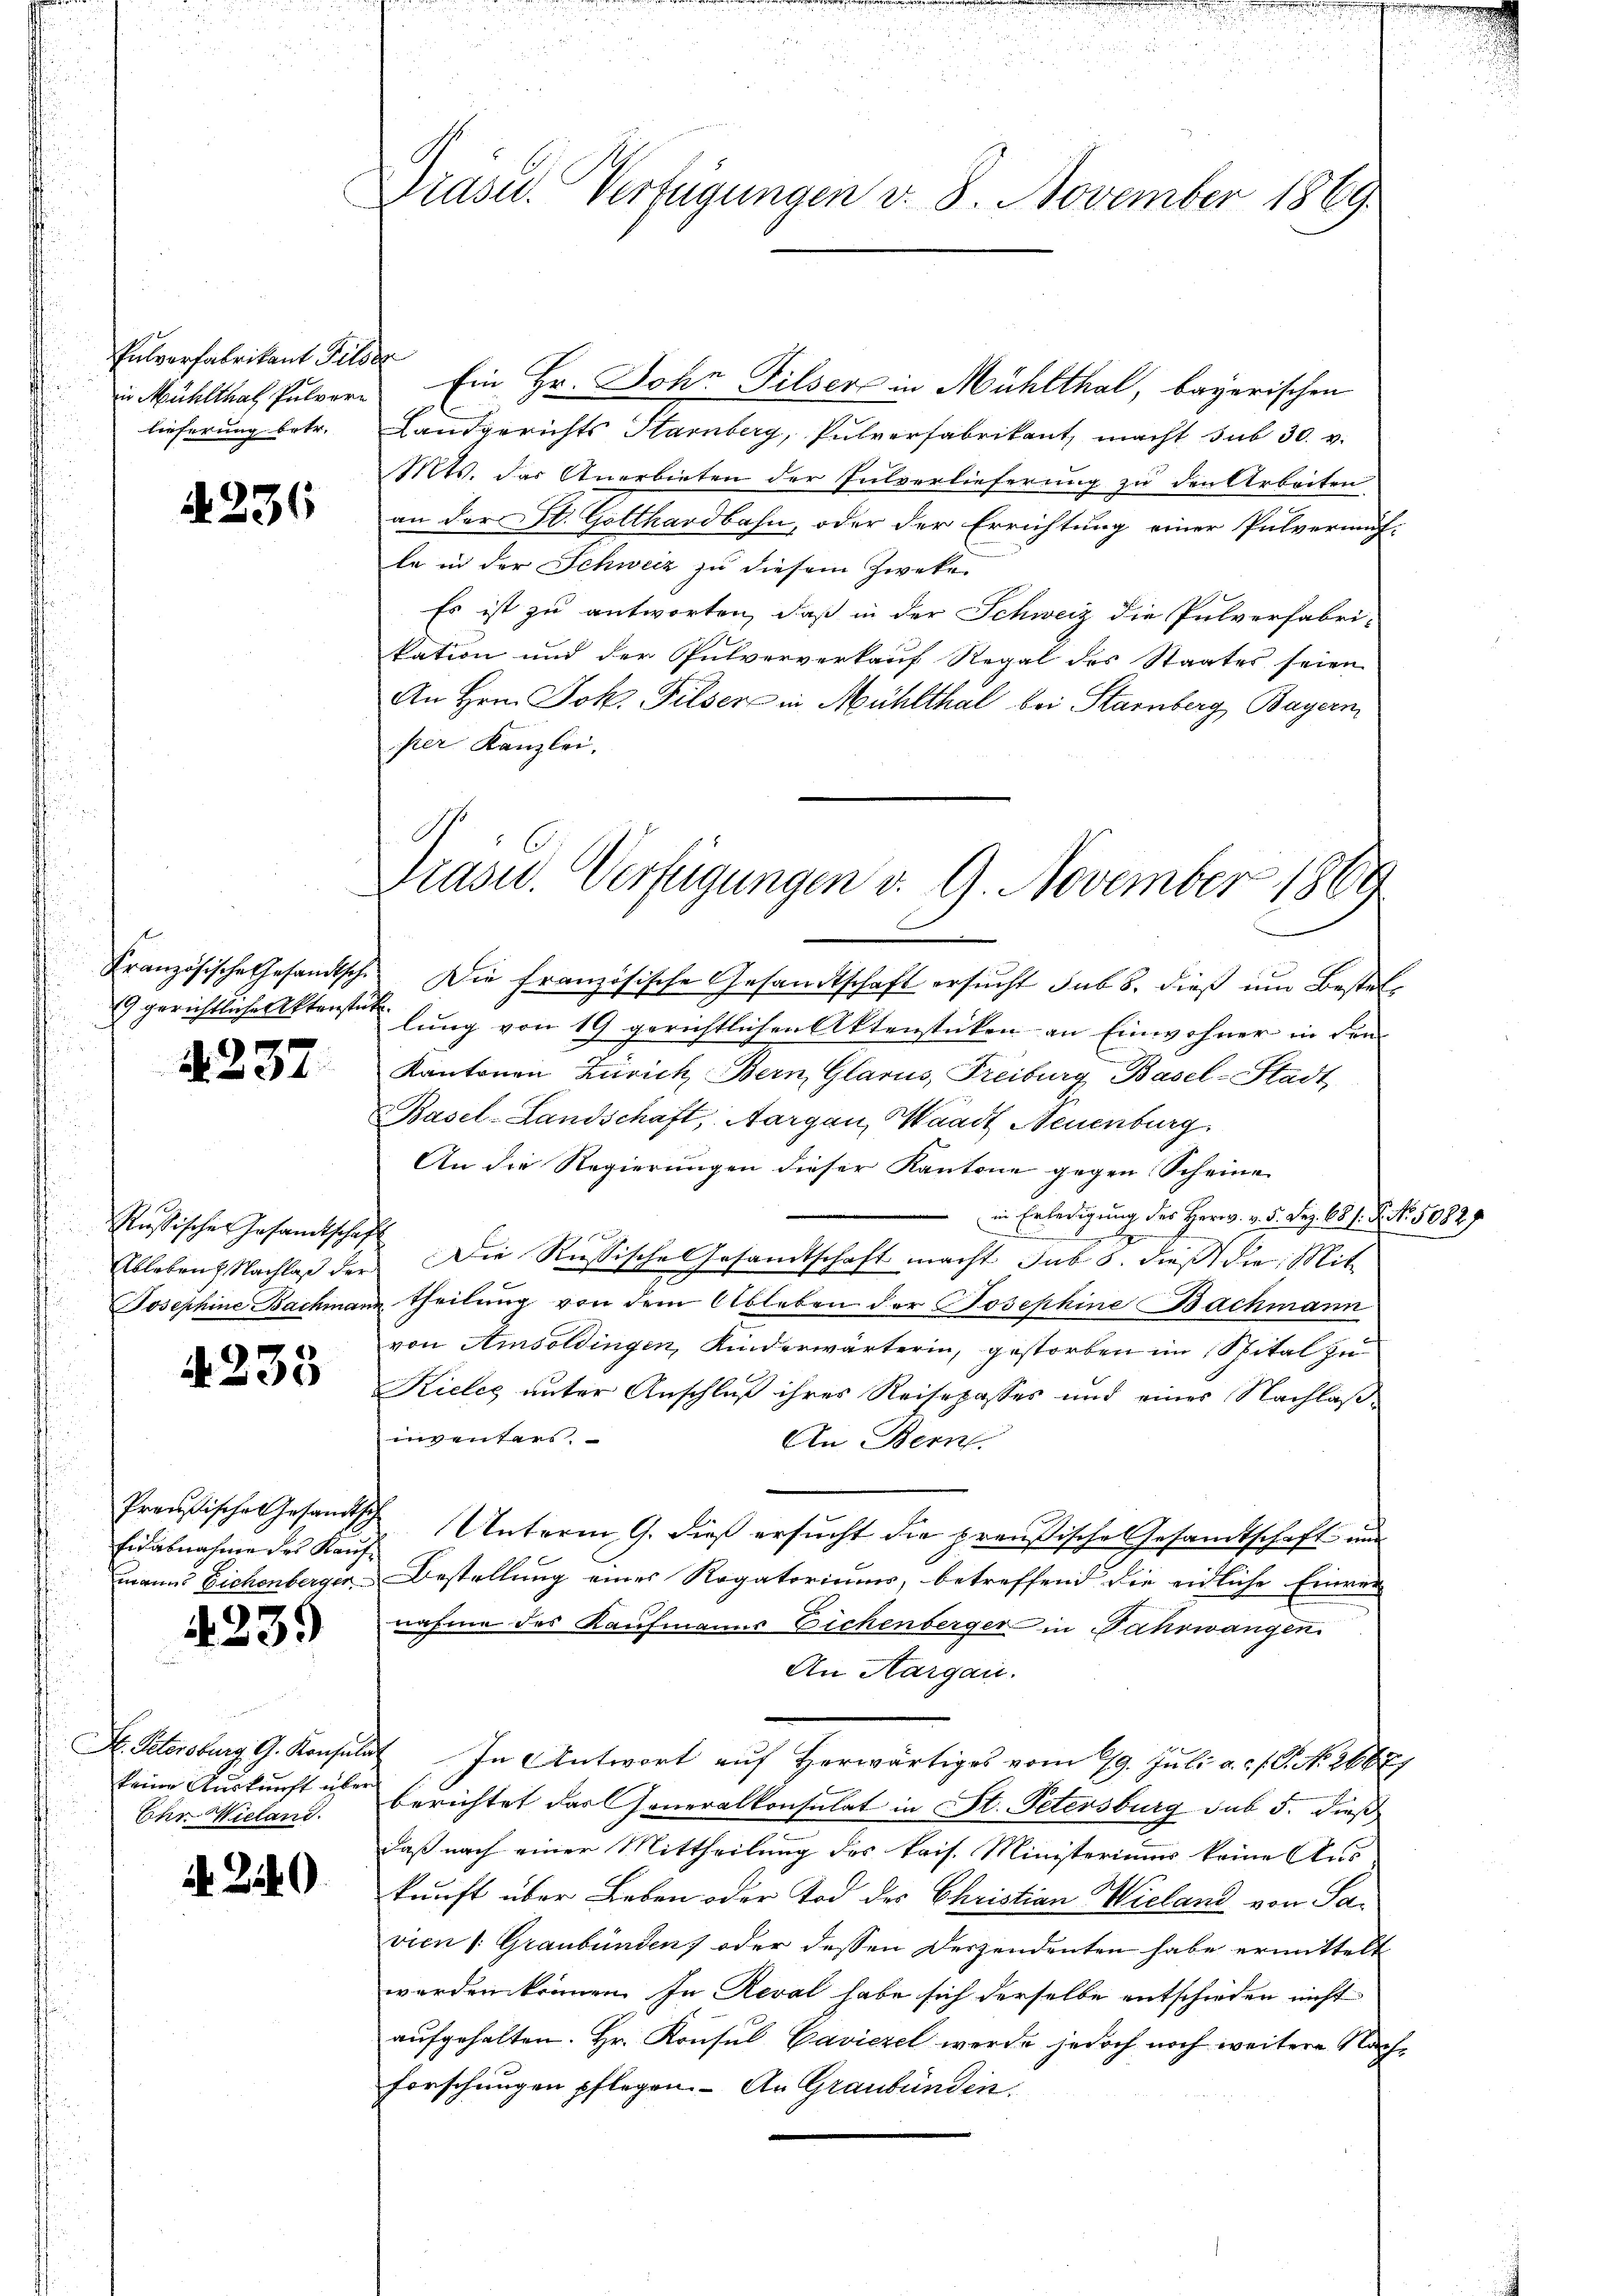
Pulverfabrikant Pils
in Mühlthas Pulvere
lieferung betr.

4236

Französische Gesandtsche
9 gerichtliche Aktenstüt

2237.

Russischer Gesandtschaf
Ableben Nachlaß der
Josephine Bachmann

N 233

Preußisches Gesandtsc
Eidabnahme des Kaufmanns Eichenberger

4239

H. Petersburg G. Konsul
keine Auskunft über
Chr. Wieland.

240

Präsid.. Verfügungen v. 8. November 1869.

e
Ein Hr. John Pilser in Mühlthal, bayerischen
Landgerichts Harnberg, Pulverfabrikant, macht sub 30. v.
Mts. das Anerbieten der Pulverlieferung zu den Arbeiten
an der St. Gotthardbahn, oder der Errichtung einer Pulvermut-
la in der Schweiz zu diesem Zweke
Es ist zu antworten, daß in der Schweiz die Pulverfabri-
kation und der Pulververkauf Regal des Staates seien
An Hrn. Joh. Filsere in Mühlthal bei Starnberg Bayern
ister Kanzlei,
Die französische Gesandtschaft ersucht sub 8. dieß um Bestellung von 19 gerichtlichen Aktenstücken an Einwohner in den
Kantonen Zürich, Bern, Glarus, Freiburg Basel-Stadt
Basel-Landschaft, Aargau, Waadt Neuenburg
An die Regierungen dieser Kantone gegen Scheine
in Erledigung des Herrn. v. 5. Dez. 63 f. 8. No 50827
Die Rußische Gesandtschaft macht sub 5. dieß die Mit-
u Theilung von dem Ableben der Josephine Bachmann
von Amsoldingen, Kinderwärterin, gestorben im Spital zu
Kielig unter Anschluß ihres Reisepasses und eines Nachlaßinventars.
An Bern.
Unterm 9. dieß ersucht die preußische Gesandtschaft und
Bestellung eines Rogatoriums, betreffend die eidliche Einrei
nahme des Kaufmanns Eichenberger in Fahrwangen
An Aargau.
 In Antwort auf Herwärtiges vom 19. Juli a.c. s. G. No. 2687)
berichtet das Generalkonsulat in St. Petersburg sub 5. dieß
daß nach einer Mittheilung des Pris. Ministerium keine Aus
kunft über Leben oder Tod des Christian Wieland von Pavien /: Graubünden, oder dessen Derzendenten habe ermittelt
werden können. In Reval habe sich derselbe entschieden nicht
aŭfgehalten. Hr. Konsul Caviezel werde jedoch noch weitere Nachforschungen pflegen. An Graubünden.

Präsid. Verfügungen v. 9. November 1869